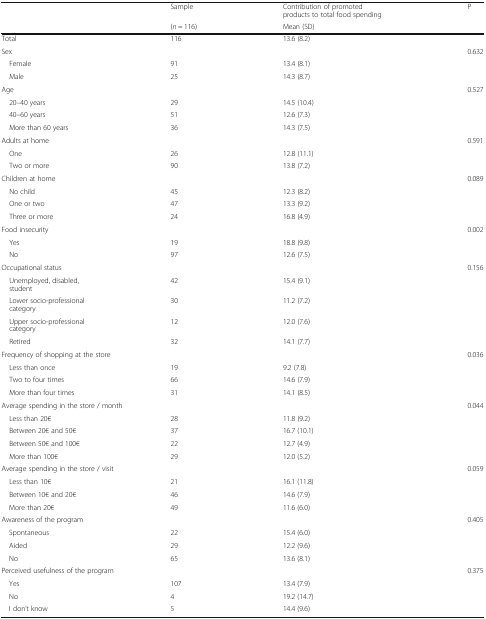
<table><thead><tr><td rowspan="2"></td><td><b>Sample</b></td><td><b>Contribution of promoted products to total food spending</b></td><td rowspan="2"><b>P</b></td></tr><tr><td><b>(<i>n</i> = 116)</b></td><td><b>Mean (SD)</b></td></tr></thead><tbody><tr><td>Total</td><td>116</td><td>13.6 (8.2)</td><td></td></tr><tr><td colspan="3">Sex</td><td rowspan="3">0.632</td></tr><tr><td> Female</td><td>91</td><td>13.4 (8.1)</td></tr><tr><td> Male</td><td>25</td><td>14.3 (8.7)</td></tr><tr><td colspan="3">Age</td><td rowspan="3">0.527</td></tr><tr><td> 20–40 years</td><td>29</td><td>14.5 (10.4)</td></tr><tr><td> 40–60 years</td><td>51</td><td>12.6 (7.3)</td></tr><tr><td> More than 60 years</td><td>36</td><td>14.3 (7.5)</td><td></td></tr><tr><td colspan="3">Adults at home</td><td rowspan="3">0.591</td></tr><tr><td> One</td><td>26</td><td>12.8 (11.1)</td></tr><tr><td> Two or more</td><td>90</td><td>13.8 (7.2)</td></tr><tr><td colspan="3">Children at home</td><td rowspan="4">0.089</td></tr><tr><td> No child</td><td>45</td><td>12.3 (8.2)</td></tr><tr><td> One or two</td><td>47</td><td>13.3 (9.2)</td></tr><tr><td> Three or more</td><td>24</td><td>16.8 (4.9)</td></tr><tr><td colspan="3">Food insecurity</td><td rowspan="3">0.002</td></tr><tr><td> Yes</td><td>19</td><td>18.8 (9.8)</td></tr><tr><td> No</td><td>97</td><td>12.6 (7.5)</td></tr><tr><td colspan="3">Occupational status</td><td rowspan="5">0.156</td></tr><tr><td> Unemployed, disabled, student</td><td>42</td><td>15.4 (9.1)</td></tr><tr><td> Lower socio-professional category</td><td>30</td><td>11.2 (7.2)</td></tr><tr><td> Upper socio-professional category</td><td>12</td><td>12.0 (7.6)</td></tr><tr><td> Retired</td><td>32</td><td>14.1 (7.7)</td></tr><tr><td colspan="3">Frequency of shopping at the store</td><td rowspan="4">0.036</td></tr><tr><td> Less than once</td><td>19</td><td>9.2 (7.8)</td></tr><tr><td> Two to four times</td><td>66</td><td>14.6 (7.9)</td></tr><tr><td> More than four times</td><td>31</td><td>14.1 (8.5)</td></tr><tr><td colspan="3">Average spending in the store / month</td><td rowspan="5">0.044</td></tr><tr><td> Less than 20€</td><td>28</td><td>11.8 (9.2)</td></tr><tr><td> Between 20€ and 50€</td><td>37</td><td>16.7 (10.1)</td></tr><tr><td> Between 50€ and 100€</td><td>22</td><td>12.7 (4.9)</td></tr><tr><td> More than 100€</td><td>29</td><td>12.0 (5.2)</td></tr><tr><td colspan="3">Average spending in the store / visit</td><td rowspan="4">0.059</td></tr><tr><td> Less than 10€</td><td>21</td><td>16.1 (11.8)</td></tr><tr><td> Between 10€ and 20€</td><td>46</td><td>14.6 (7.9)</td></tr><tr><td> More than 20€</td><td>49</td><td>11.6 (6.0)</td></tr><tr><td colspan="3">Awareness of the program</td><td rowspan="4">0.405</td></tr><tr><td> Spontaneous</td><td>22</td><td>15.4 (6.0)</td></tr><tr><td> Aided</td><td>29</td><td>12.2 (9.6)</td></tr><tr><td> No</td><td>65</td><td>13.6 (8.1)</td></tr><tr><td colspan="3">Perceived usefulness of the program</td><td rowspan="4">0.375</td></tr><tr><td> Yes</td><td>107</td><td>13.4 (7.9)</td></tr><tr><td> No</td><td>4</td><td>19.2 (14.7)</td></tr><tr><td> I don’t know</td><td>5</td><td>14.4 (9.6)</td></tr></tbody></table>